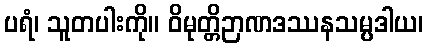
ပရံ၊ သူတပါးကို။ ဝိမုတ္တိဉာဏဒဿနသမ္ပဒါယ၊